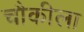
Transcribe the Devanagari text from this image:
चौकीला